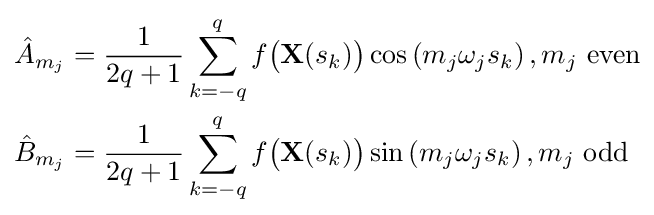
{\begin{aligned}{\hat {A}}_{m_{j}}&={\frac {1}{2q+1}}\sum _{k=-q}^{q}f{\bigl (}\mathbf {X} (s_{k}){\bigr )}\cos \left(m_{j}\omega _{j}s_{k}\right),m_{j}{\text{ even}}\\{\hat {B}}_{m_{j}}&={\frac {1}{2q+1}}\sum _{k=-q}^{q}f{\bigl (}\mathbf {X} (s_{k}){\bigr )}\sin \left(m_{j}\omega _{j}s_{k}\right),m_{j}{\text{ odd }}\end{aligned}}